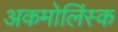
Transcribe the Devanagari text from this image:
अकमोलिंस्क